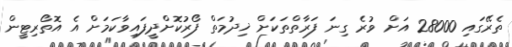
ތެރޭގައި 28000 އަށް ވުރެ ގިނަ ފަރާތްތަކަށް ޚިދުމަތް ފޯރުކޮށްދީފައިވާކަމަށް އެ އޮތޯރިޓީން